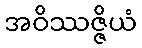
အဝိဿဇ္ဇိယံ